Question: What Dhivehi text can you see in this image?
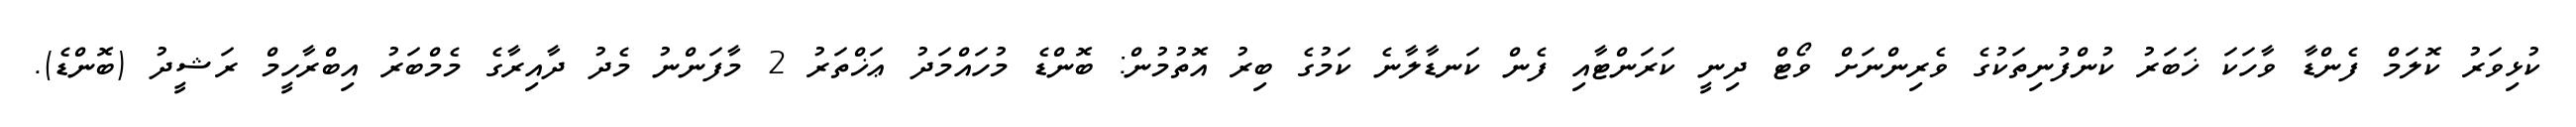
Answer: ކުޅިވަރު ކޮލަމް ފެންޑާ ވާހަކަ ޚަބަރު ކުންފުނިތަކުގެ ވެރިންނަށް ވޯޓް ދިނީ ކަރަންޓާއި ފެން ކަނޑާލާނެ ކަމުގެ ބިރު އޮތުމުން: ބޮންޑެ މުހައްމަދު ޢަޚްތަރު 2 މާފަންނު މެދު ދާއިރާގެ މެމްބަރު އިބްރާހީމް ރަޝީދު (ބޮންޑެ).